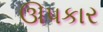
ઊપકાર